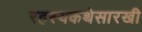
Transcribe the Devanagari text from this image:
रहस्यकथेसारखी